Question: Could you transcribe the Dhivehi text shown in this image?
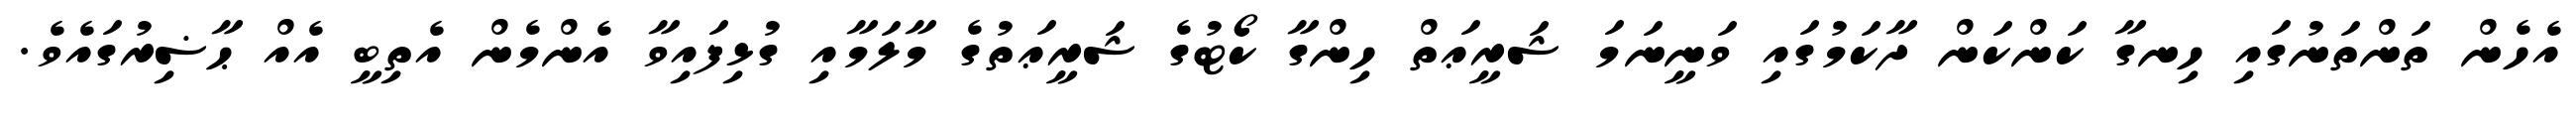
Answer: އެހެން ތަންތަނުގައި ހިނގާ ކަންކަން ދާކަމުގައި ވަނީނަމަ ޝަރީޢަތް ހިންގާ ކޯޓުގެ ޝަރީޢަތުގެ މާލަމާއި ގުޅިފައިވާ އެންމެން އެތިބީ އެއް ޙާޟިރުގައެވެ.